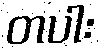
တပါး